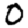
Digit: 0